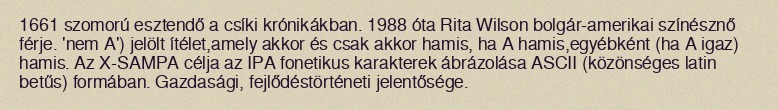
1661 szomorú esztendő a csíki krónikákban. 1988 óta Rita Wilson bolgár-amerikai színésznő férje. 'nem A') jelölt ítélet,amely akkor és csak akkor hamis, ha A hamis,egyébként (ha A igaz) hamis. Az X-SAMPA célja az IPA fonetikus karakterek ábrázolása ASCII (közönséges latin betűs) formában. Gazdasági, fejlődéstörténeti jelentősége.